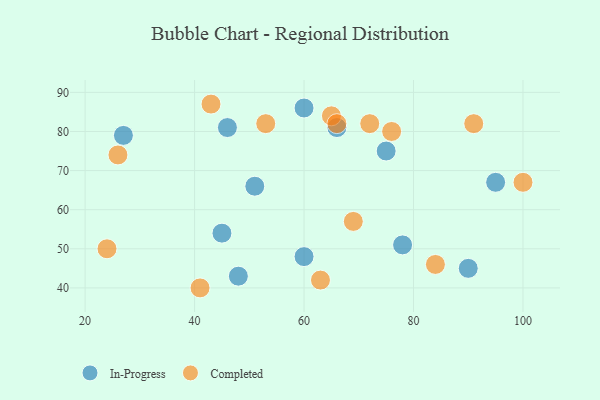
{"axis": {"x": "GDP", "y": "Life Expectancy"}, "legend": ["Completed", "In-Progress"], "data": [{"x": "27", "y": 79, "type": "In-Progress"}, {"x": "51", "y": 66, "type": "In-Progress"}, {"x": "90", "y": 45, "type": "In-Progress"}, {"x": "75", "y": 75, "type": "In-Progress"}, {"x": "66", "y": 81, "type": "In-Progress"}, {"x": "60", "y": 48, "type": "In-Progress"}, {"x": "48", "y": 43, "type": "In-Progress"}, {"x": "60", "y": 86, "type": "In-Progress"}, {"x": "78", "y": 51, "type": "In-Progress"}, {"x": "46", "y": 81, "type": "In-Progress"}, {"x": "45", "y": 54, "type": "In-Progress"}, {"x": "95", "y": 67, "type": "In-Progress"}, {"x": "63", "y": 42, "type": "Completed"}, {"x": "26", "y": 74, "type": "Completed"}, {"x": "76", "y": 80, "type": "Completed"}, {"x": "69", "y": 57, "type": "Completed"}, {"x": "100", "y": 67, "type": "Completed"}, {"x": "91", "y": 82, "type": "Completed"}, {"x": "65", "y": 84, "type": "Completed"}, {"x": "43", "y": 87, "type": "Completed"}, {"x": "24", "y": 50, "type": "Completed"}, {"x": "84", "y": 46, "type": "Completed"}, {"x": "53", "y": 82, "type": "Completed"}, {"x": "72", "y": 82, "type": "Completed"}, {"x": "41", "y": 40, "type": "Completed"}, {"x": "66", "y": 82, "type": "Completed"}]}